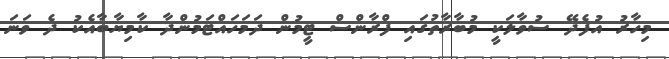
މިހާރު އުފެދޭ ސުވާލަކީ މުބާރާތުގައި ފްރާންސް ޓީމުން ދަމަހައްޓަމުންދާ ކާމިޔާބާއެކު ދެ ވަނަ